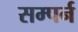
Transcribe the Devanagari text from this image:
सम्पर्न